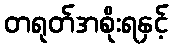
တရုတ်အစိုးရနှင့်